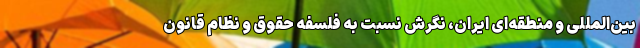
بین‌المللی و منطقه‌ای ایران، نگرش نسبت به فلسفه حقوق و نظام قانون